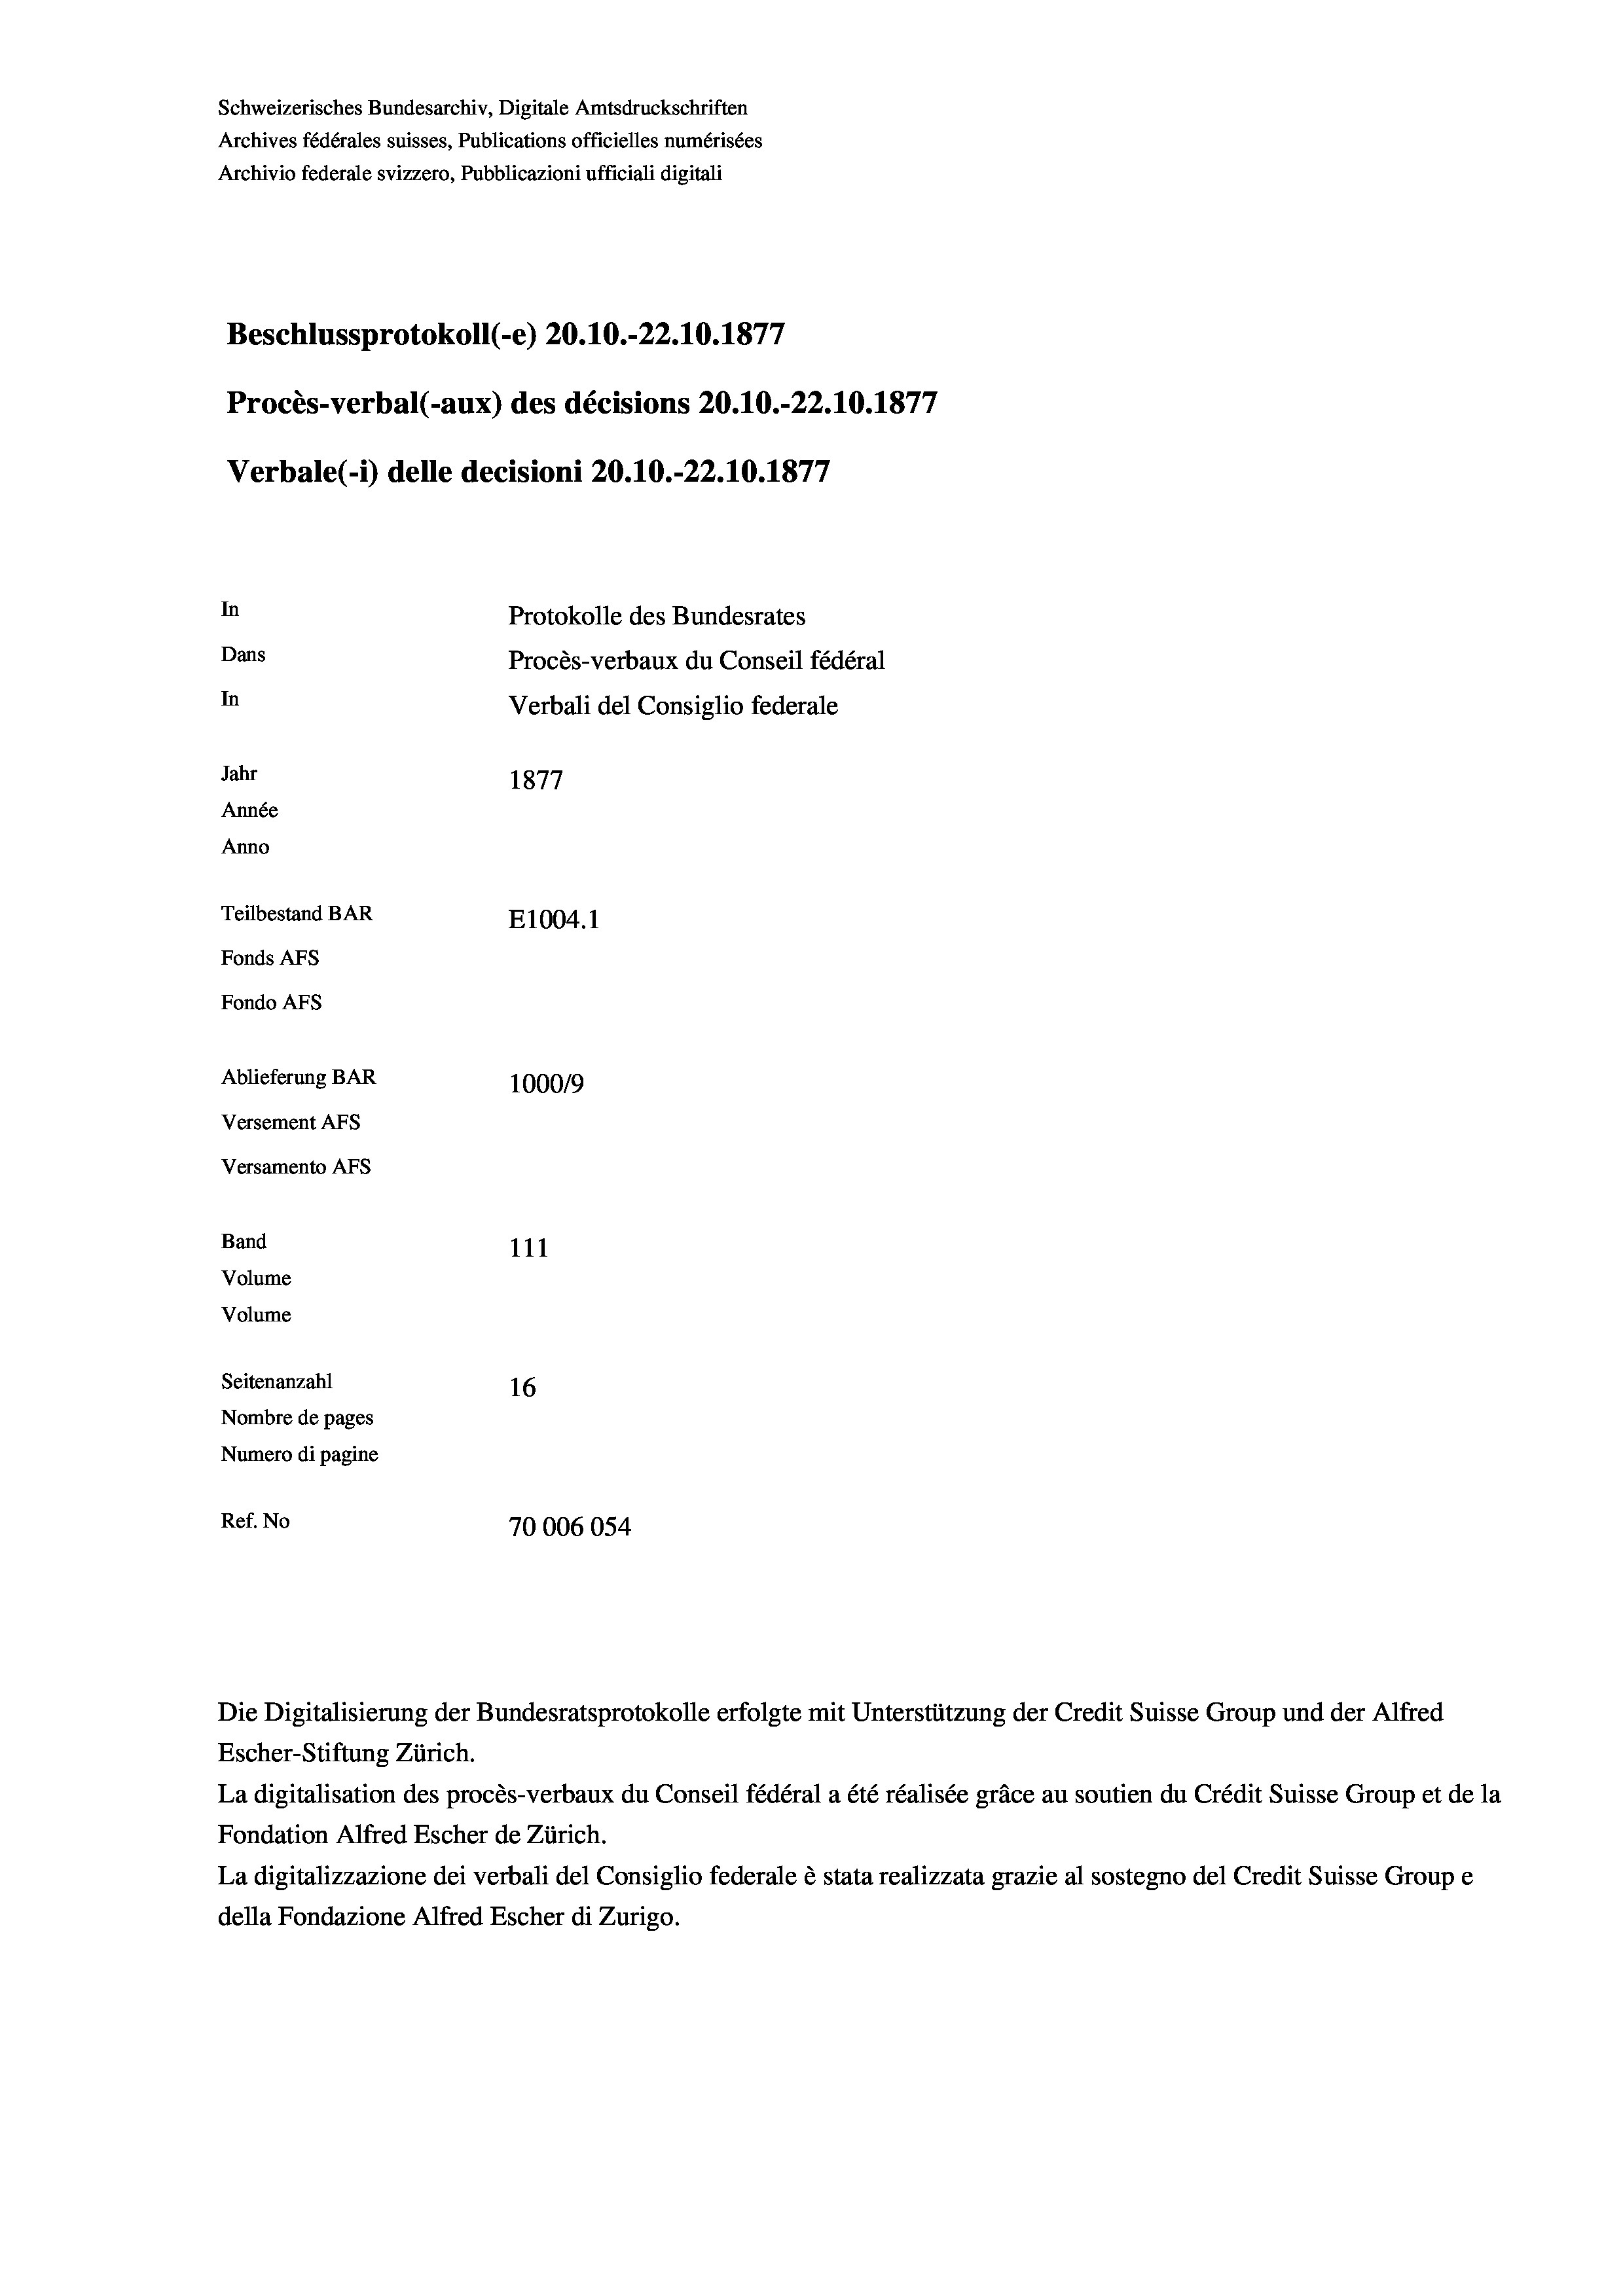
Schweizerisches Bundesarchiv, Digitale Amtsdruckschriften
Archives fédérales suisses, Publications officielles numérisées
Archivio federale svizzero, Pubblicazioni ufficiali digitali
Beschlussprotokoll (-e) 20.10.-22.10.1877
Procès-verbal (-aux) des décisions 20.10.-22.10.1877
Verbale(*) delle decisioni 20.10.-22.10.1877
In
Protokolle des Bundesrates
Dans
Procès-verbaux du Conseil fédéral
In
Verbali del Consiglio federale
Jahr
1877
Année
Anno
Teilbestand BAR
E1004. 1
Fonds AFs
Fondo Afs
Ablieferung BAR
100019
Versement AFs
Versamento Afs
Band
111
Volume
Volume
Seitenanzahl
16
Nombre de pages
Numero di pagine
Ref. No
70006054

Escher-Stiftung Zürich.
La digitalisation des procès-verbaux du Conseil fédéral a été réalisée gräce au soutien du Crédit Suisse Group et de la
Fondation Alfred Escher de Zürich.
La digitalizzazione dei verbali del Consiglio federale è stata realizzata grazie al sostegno del Credit Suisse Groupe
della Fondazione Alfred Escher di Zurigo.

Die Digitalisierung der Bundesratsprotokolle erfolgte mit Unterstützung der Credit Suisse Group und der Alfred